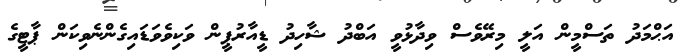
އަޙްމަދު ތަސްމީން އަލީ މިރޭވެސް ވިދާޅުވީ އަބްދު ޝާހިދު ޑީއާރުޕީން ވަކިވެވަޑައިގެންނެވިކަން ޕާޓީގެ